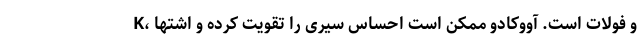
K، و فولات است. آووکادو ممکن است احساس سیری را تقویت کرده و اشتها